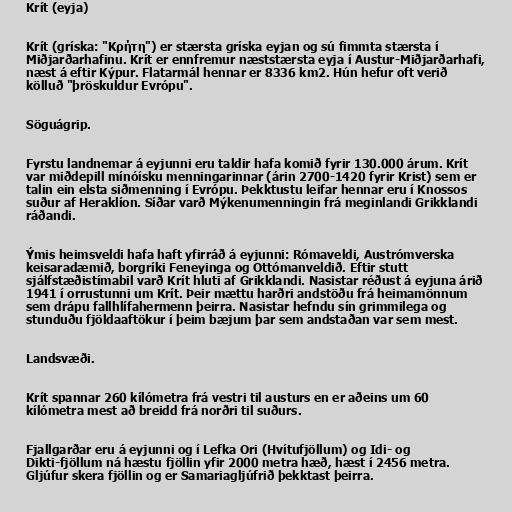
Krít (eyja)

Krít (gríska: "Κρήτη") er stærsta gríska eyjan og sú fimmta stærsta í
Miðjarðarhafinu. Krít er ennfremur næststærsta eyja í Austur-Miðjarðarhafi,
næst á eftir Kýpur. Flatarmál hennar er 8336 km2. Hún hefur oft verið
kölluð "þröskuldur Evrópu".

Söguágrip.

Fyrstu landnemar á eyjunni eru taldir hafa komið fyrir 130.000 árum. Krít
var miðdepill mínóísku menningarinnar (árin 2700-1420 fyrir Krist) sem er
talin ein elsta siðmenning í Evrópu. Þekktustu leifar hennar eru í Knossos
suður af Heraklíon. Síðar varð Mýkenumenningin frá meginlandi Grikklandi
ráðandi.

Ýmis heimsveldi hafa haft yfirráð á eyjunni: Rómaveldi, Austrómverska
keisaradæmið, borgríki Feneyinga og Ottómanveldið. Eftir stutt
sjálfstæðistímabil varð Krít hluti af Grikklandi. Nasistar réðust á eyjuna árið
1941 í orrustunni um Krít. Þeir mættu harðri andstöðu frá heimamönnum
sem drápu fallhlífahermenn þeirra. Nasistar hefndu sín grimmilega og
stunduðu fjöldaaftökur í þeim bæjum þar sem andstaðan var sem mest.

Landsvæði.

Krít spannar 260 kílómetra frá vestri til austurs en er aðeins um 60
kílómetra mest að breidd frá norðri til suðurs.

Fjallgarðar eru á eyjunni og í Lefka Ori (Hvítufjöllum) og Idi- og
Dikti-fjöllum ná hæstu fjöllin yfir 2000 metra hæð, hæst í 2456 metra.
Gljúfur skera fjöllin og er Samariagljúfrið þekktast þeirra.